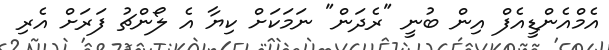
އެމްއެންޑީއެފް އިން ބުނީ "ރެދަން" ނަމަކަށް ކިޔާ އެ ލޯންޗު ފަރަށް އެރި